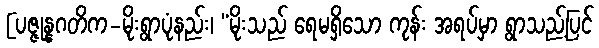
[ပဇ္ဇုန္နဂတိက-မိုးရွာပုံနည်း၊ “မိုးသည် ရေမရှိသော ကုန်း အရပ်မှာ ရွာသည့်ပြင်